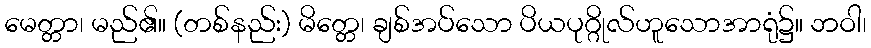
မေတ္တာ၊ မည်၏။ (တစ်နည်း) မိတ္တေ၊ ချစ်အပ်သော ပိယပုဂ္ဂိုလ်ဟူသောအာရုံ၌။ ဘဝါ၊